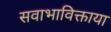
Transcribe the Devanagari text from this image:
सवाभाविक्ताया